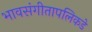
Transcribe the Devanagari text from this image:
भावसंगीतापलिकडे